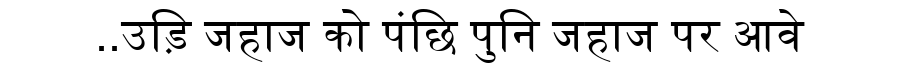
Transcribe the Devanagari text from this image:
..उड़ि जहाज को पंछि पुनि जहाज पर आवे